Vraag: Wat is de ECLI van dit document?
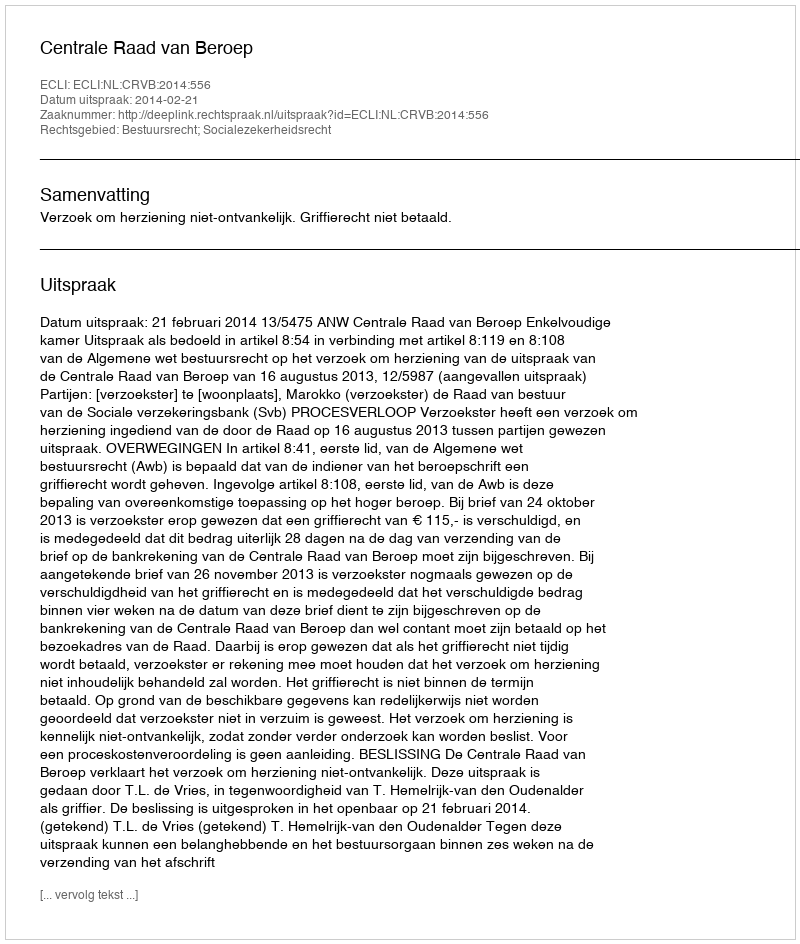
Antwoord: ECLI:NL:CRVB:2014:556